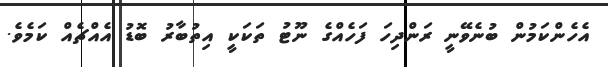
އެހެންކަމުން ބުނެވޭނީ ރަންދިހަ ފަހެއްގެ ނޫޓު ތަކަކީ އިތުބާރު ބޮޑު އެއްޗެއް ކަމެވެ.